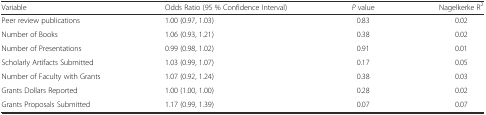
| Variable | Odds Ratio (95 % Confidence Interval) | P value | Nagelkerke R2 |
 | --- | --- | --- | --- |
 | Peer review publications | 1.00 (0.97, 1.03) | 0.83 | 0.02 |
 | Number of Books | 1.06 (0.93, 1.21) | 0.38 | 0.02 |
 | Number of Presentations | 0.99 (0.98, 1.02) | 0.91 | 0.01 |
 | Scholarly Artifacts Submitted | 1.03 (0.99, 1.07) | 0.17 | 0.05 |
 | Number of Faculty with Grants | 1.07 (0.92, 1.24) | 0.38 | 0.03 |
 | Grants Dollars Reported | 1.00 (1.00, 1.00) | 0.28 | 0.02 |
 | Grants Proposals Submitted | 1.17 (0.99, 1.39) | 0.07 | 0.07 |